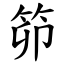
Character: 笷